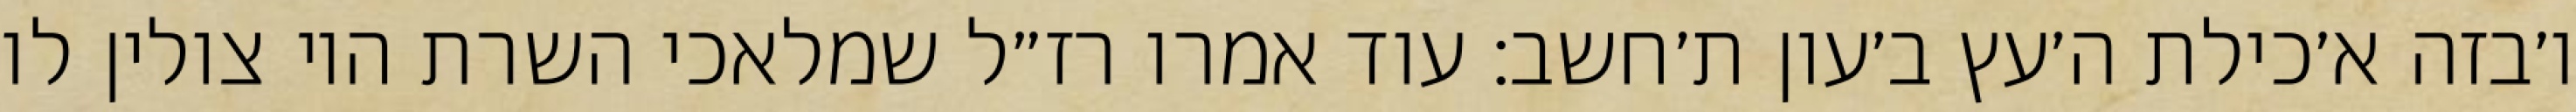
ו׳בזה א׳כילת ה׳עץ ב׳עון ת׳חשב: עוד אמרו רז״ל שמלאכי השרת היו צולין לו